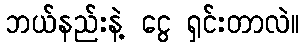
ဘယ်နည်းနဲ့ ငွေ ရှင်းတာလဲ။